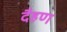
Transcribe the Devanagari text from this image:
दैहण